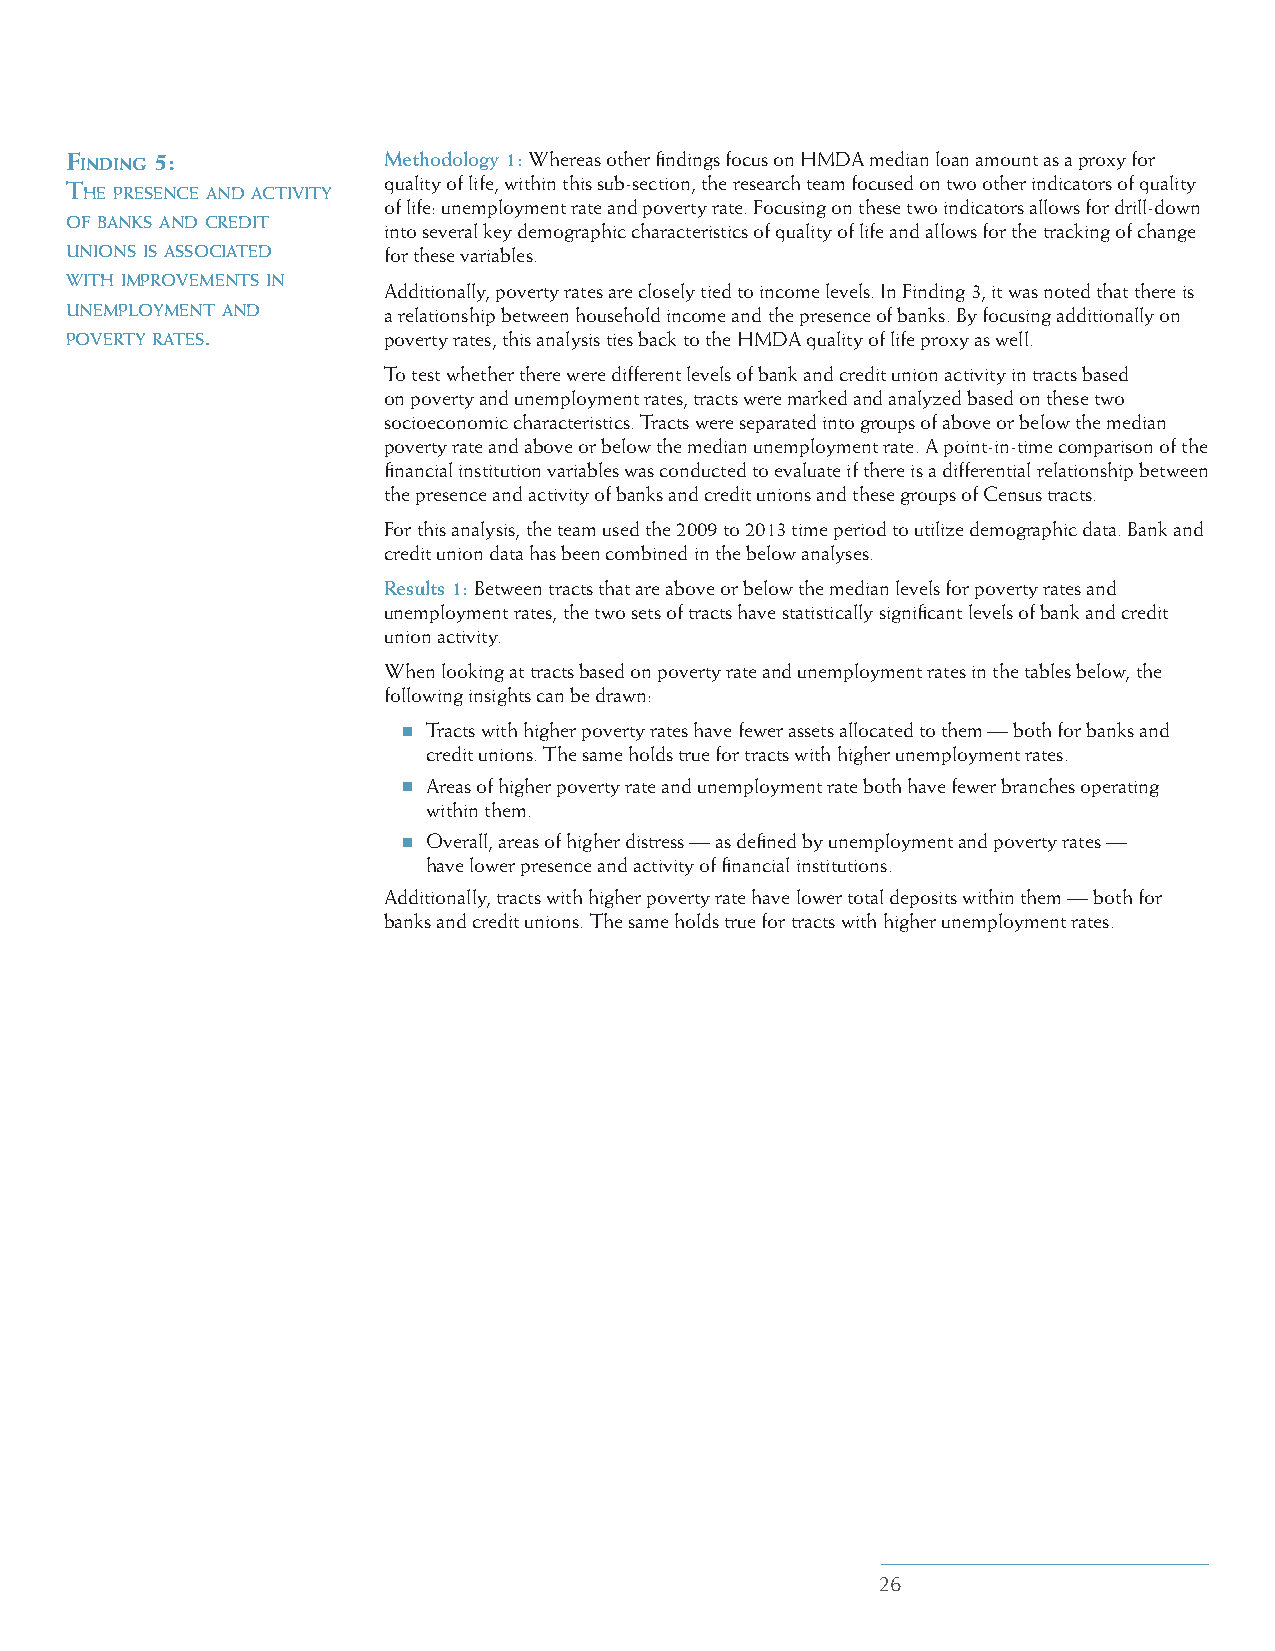
Finding 5:           Methodology 1: Whereas other findings focus on HMDA median loan amount as a proxy for
 The presence and acTIvITy quality of life, within this sub-section, the research team focused on two other indicators of quality
 of life: unemployment rate and poverty rate. Focusing on these two indicators allows for drill-down
 of banks and credIT
 into several key demographic characteristics of quality of life and allows for the tracking of change
 unIons Is assocIaTed for these variables.
 wITh ImprovemenTs In
 Additionally, poverty rates are closely tied to income levels. In Finding 3, it was noted that there is
 unemploymenT and     a relationship between household income and the presence of banks. By focusing additionally on
 poverTy raTes.       poverty rates, this analysis ties back to the HMDA quality of life proxy as well.
 To test whether there were different levels of bank and credit union activity in tracts based
 on poverty and unemployment rates, tracts were marked and analyzed based on these two
 socioeconomic characteristics. Tracts were separated into groups of above or below the median
 poverty rate and above or below the median unemployment rate. A point-in-time comparison of the
 financial institution variables was conducted to evaluate if there is a differential relationship between
 the presence and activity of banks and credit unions and these groups of Census tracts.
 For this analysis, the team used the 2009 to 2013 time period to utilize demographic data. Bank and
 credit union data has been combined in the below analyses.
 Results 1: Between tracts that are above or below the median levels for poverty rates and
 unemployment rates, the two sets of tracts have statistically significant levels of bank and credit
 union activity.
 When looking at tracts based on poverty rate and unemployment rates in the tables below, the
 following insights can be drawn:
 Tracts with higher poverty rates have fewer assets allocated to them — both for banks and
 credit unions. The same holds true for tracts with higher unemployment rates.
 Areas of higher poverty rate and unemployment rate both have fewer branches operating
 within them.
 Overall, areas of higher distress — as defined by unemployment and poverty rates —
 have lower presence and activity of financial institutions.
 Additionally, tracts with higher poverty rate have lower total deposits within them — both for
 banks and credit unions. The same holds true for tracts with higher unemployment rates.
 26